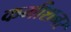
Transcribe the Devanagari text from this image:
कमीशनर